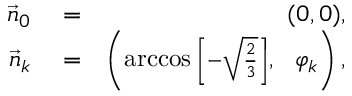
\begin{array} { r l r } { \vec { n } _ { 0 } } & { { } = } & { ( 0 , 0 ) , } \\ { \vec { n } _ { k } } & { { } = } & { \left( \operatorname { a r c c o s } { \scriptstyle \left[ - \sqrt { \frac 2 3 } \right] } , \ \ \varphi _ { k } \right) , } \end{array}